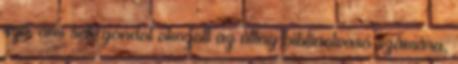
szó, ami sok gondot okozott az átlag bibliaolvasó számára,